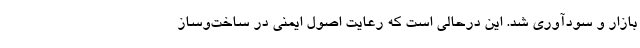
بازار و سودآوری شد. این درحالی است که رعایت اصول ایمنی در ساخت‌وساز